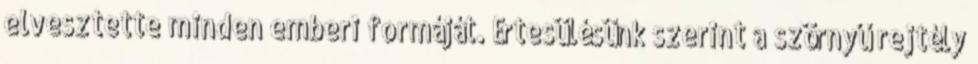
elvesztette minden emberi formáját. Értesülésünk szerint a szörnyű rejtély